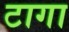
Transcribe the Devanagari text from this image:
टागा